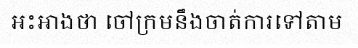
អះអាងថា ចៅក្រមនឹងចាត់ការទៅតាម